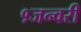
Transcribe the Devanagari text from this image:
१जन्वरी